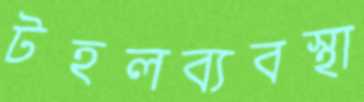
টহলব্যবস্থা